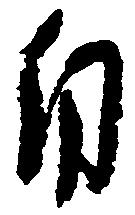
自